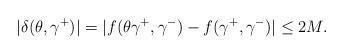
\begin{align*}|\delta(\theta,\gamma^+)|=|f(\theta\gamma^+,\gamma^-)-f(\gamma^+,\gamma^-)|\leq 2M.\end{align*}